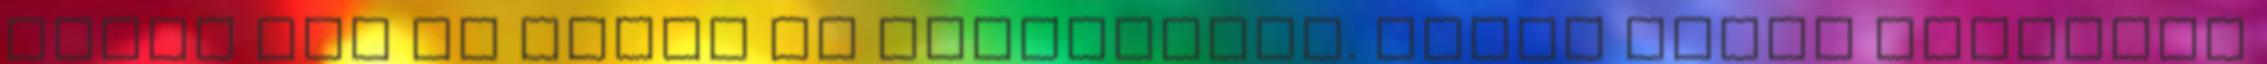
Nincs már jó érzés az emberekben. Nesze neked toleráns